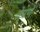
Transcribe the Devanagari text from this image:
तेमणे